Insane asylums in Bengal annual reports 1867-1875 - 1867-1875
Year: 1867
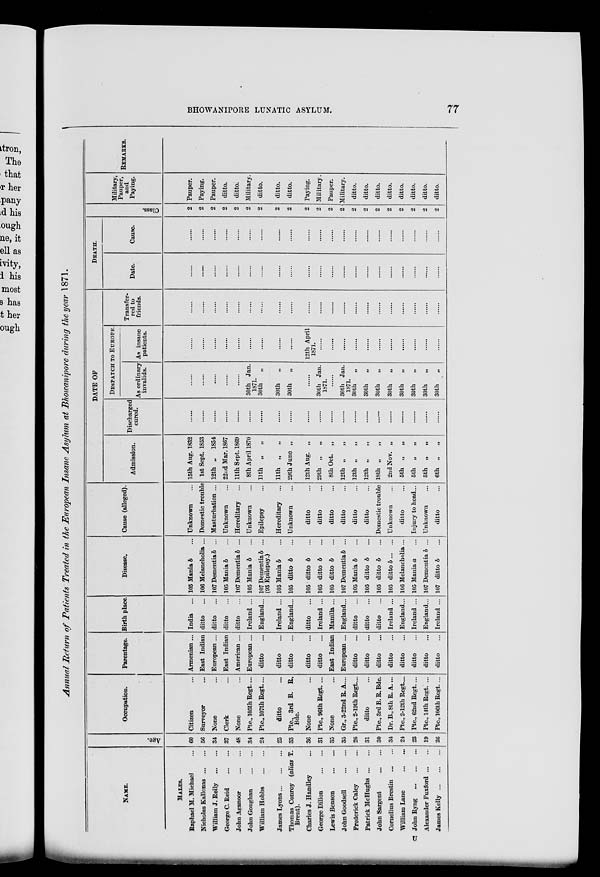
BHOWANIPORE LUNATIC ASYLUM.
77
Annual Return of Patients Treated in the European Insane Asylum at Bhowanipore during the year 1871.
NAME.
MALES.
Raphael M. Michael ...
Nicholas Kallonas ... ...
William J. Reily
...
...
George C. Reid ...
...
John Aganoor
...
...
John Goughan
...
...
William Hobbs ... ...
James Lyons ... ... ...
Thomas Conroy (alias T.
Brent).
Charles J. Handley ...
George Dillon
...
...
Lewis Benson
...
...
John Goodsell
...
...
Frederick Caley
...
...
Patrick McHughs ... ...
John Sargent
...
...
Cornelius Brestin
...
...
William Lane
...
...
John Ryng
...
...
...
Alexander Fuxford ... ...
James Kelly
...
...
...
Age.
60
56
34
37
48
34
24
25
33
36
31
35
35
26
31
30
34
24
23
19
26
Occupation.
Citizen ...
Surveyor ...
None ...
Clerk ...
None ...
Pte., 105th Regt. ...
Pte., 107th Regt. ...
ditto ...
Pte., 3rd B. R.
Bde.
None ...
Pte., 96th Regt. ...
None ...
Gr., 3-22nd R. A. ...
Pte., 2-19th Regt. ...
ditto ...
Pte., 3rd B.R. Bde.
Dr. B., 8th R. A. ...
Pte., 2-12th Regt. ...
Pte., 62nd Regt. ...
Pte., 14th Regt. ...
Pte., 106th Regt. ...
Parentage.
Armenian ...
East Indian
European ...
East Indian
American ...
European ...
ditto ...
ditto ...
ditto ...
ditto ...
ditto ...
East Indian
European ...
ditto ...
ditto ...
ditto ...
ditto ...
ditto ...
ditto ...
ditto ...
ditto ...
Birth place.
India ...
ditto ...
ditto ...
ditto ...
ditto ...
Ireland ...
England ...
Ireland ...
England ...
ditto ...
Ireland ...
Manilla ...
England ...
ditto ...
ditto ...
ditto ...
Ireland ...
England...
Ireland ...
England...
Ireland ...
Disease.
105 Mania b ...
106 Melancholia ...
107 Dementia b ...
105 Mania b ...
107 Dementia b ...
105 Mania b ...
107 Dementia b ...
(93 Epilepsy.)
105 Mania b ...
105 ditto b ...
105 ditto b ...
105 ditto b ...
105 ditto b ...
107 Dementia b ...
105 Mania b ...
105 ditto b ...
105 ditto b ...
105 ditto b ... ...
106 Melancholia ...
105 Mania a ...
107 Dementia b ...
107 ditto b ...
Cause (alleged).
Unknown ...
Domestic trouble
Masturbation ...
Unknown ...
Hereditary ...
Unknown ...
Epilepsy ...
Hereditary ...
Unknown ...
ditto ...
ditto ...
ditto ...
ditto ...
ditto ...
ditto ...
Domestic trouble
Unknown ...
ditto ...
Injury to head ...
Unknown ...
ditto ...
DATE OF
Admission.
15th Aug. 1832
1st Sept. 1853
12th „ 1854
22nd Mar. 1867
11th Sept. 1869
8th April 1870
11th „
„
11th „
„
29th June „
12th Aug. „
29th „ „
8th Oct. „
12th „ „
12th „ „
12th „ „
18th „ „
2nd Nov. „
5th „
„
5th „
„
5th „
„
6th „
„
Discharged
cured.
......
......
......
......
......
......
......
......
......
......
......
......
......
......
......
......
......
......
......
......
......
DESPATCH TO EUROPE.
As ordinary
invalids.
......
......
......
......
......
30th Jan.
1871.
30th „
30th „
30th „
......
30th Jan.
1871.
......
30th Jan.
1871.
30th „
30th
„
30th „
30th
„
30th „
30th „
30th „
30th „
As insane
patients.
......
......
......
......
......
......
......
......
......
12th April
1871.
......
......
......
......
......
......
......
......
......
......
......
Transfer-
red to
friends.
......
......
......
......
......
......
......
......
......
......
......
......
......
......
......
......
......
......
......
......
......
DEATH.
Date.
......
......
......
......
......
......
......
......
......
......
......
......
......
......
......
......
......
......
......
......
......
Cause.
......
......
......
......
......
......
......
......
......
......
......
......
......
......
......
......
......
......
......
......
......
Class.
2
2
2
2
2
2
2
2
2
2
2
2
2
2
2
2
2
2
2
2
2
Military,
Pauper,
and
Paying.
Pauper.
Paying.
Pauper.
ditto.
ditto.
Military.
ditto.
ditto.
ditto.
Paying.
Military.
Pauper.
Military.
ditto.
ditto.
ditto.
ditto.
ditto.
ditto.
ditto.
ditto.
REMARKS.
U